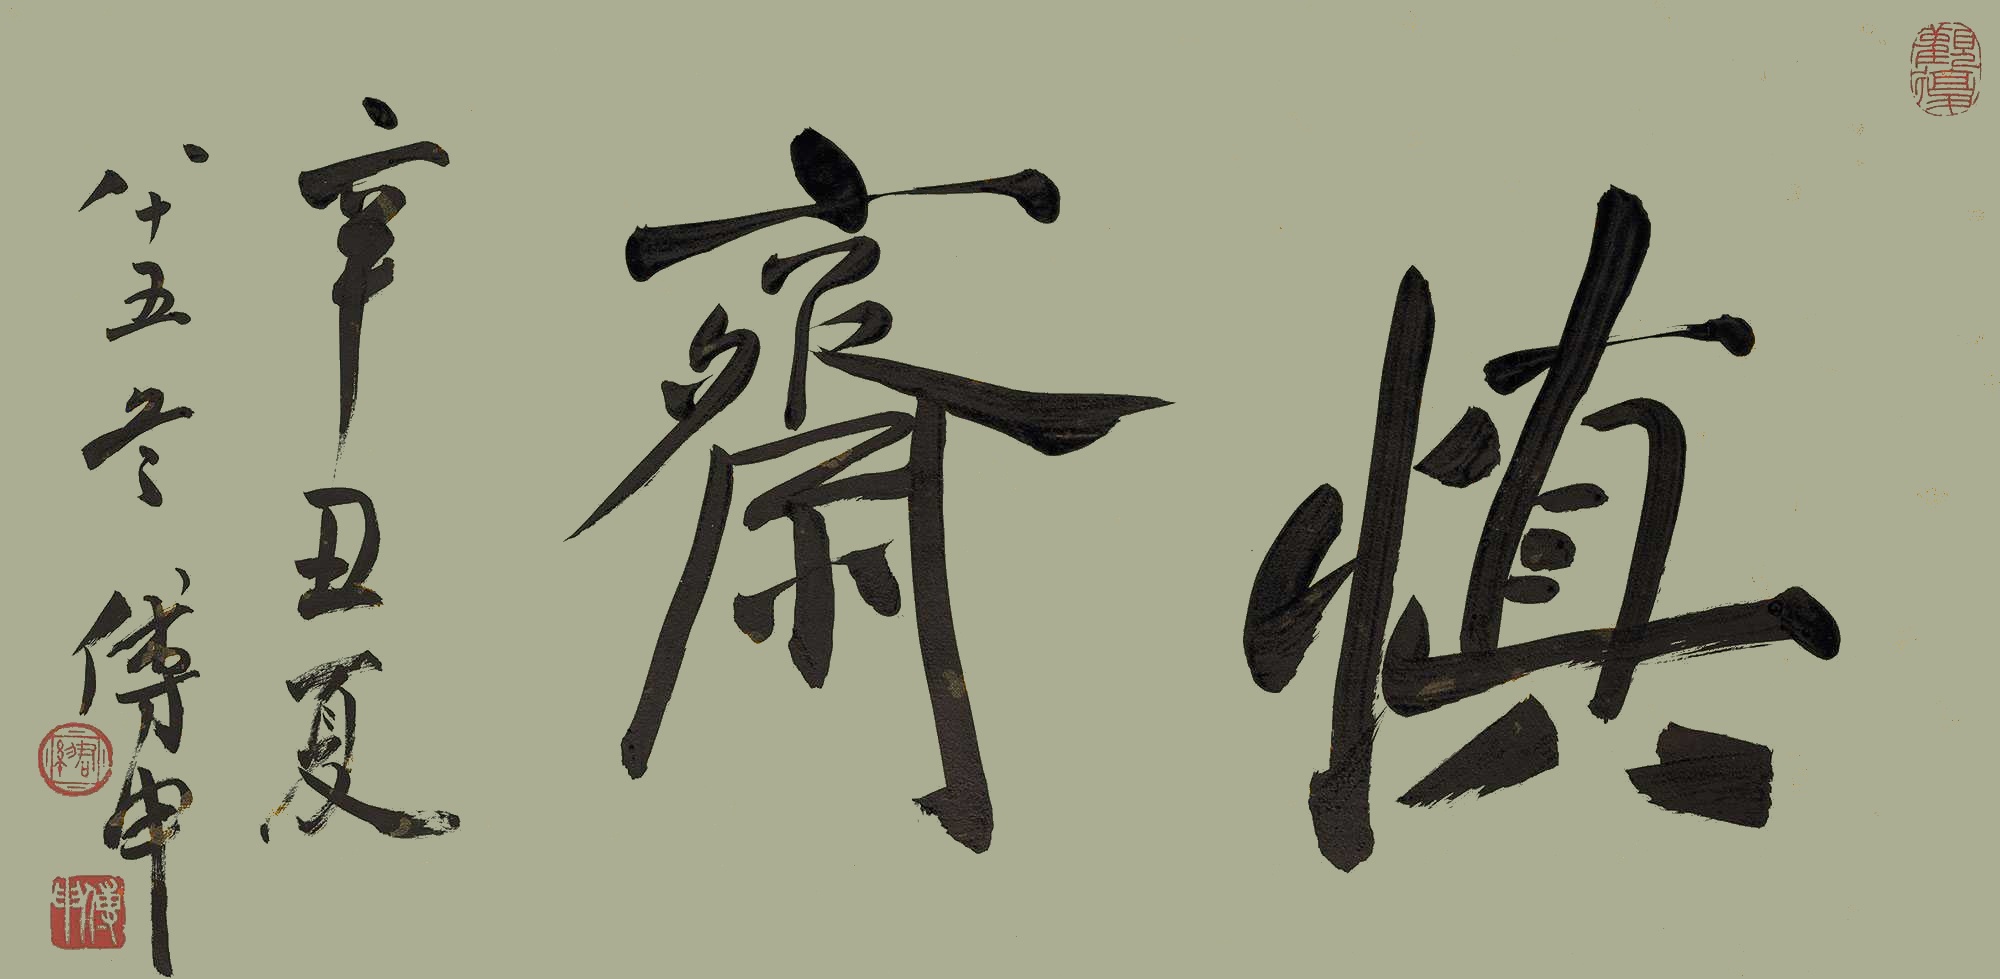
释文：慎斋辛丑夏，八十五矣傅申。